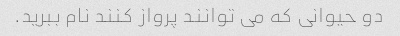
دو حیوانی که می توانند پرواز کنند نام ببرید.